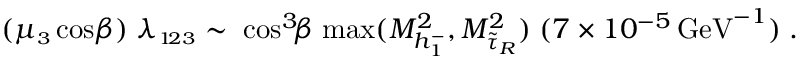
( \mu _ { \scriptscriptstyle 3 } \cos \! \beta ) \; \lambda _ { \scriptscriptstyle 1 \! 2 3 } \sim \; { \cos ^ { 3 } \! \! \beta } \; { \mathrm { m a x } ( M _ { h _ { \scriptscriptstyle 1 } ^ { \mathrm { - } } } ^ { 2 } , M _ { \tilde { \tau } _ { R } } ^ { 2 } ) } \; ( 7 \times 1 0 ^ { - 5 } \, \mathrm { G e V } ^ { - 1 } ) \; .